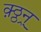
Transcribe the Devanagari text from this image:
क़्ठ्ठन्र्